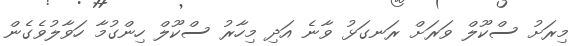
މިރަށު ސްކޫލް ވަރަށް ރަނގަޅު ވާނެ އަދި މިހާރު ސްކޫލް ހިންގުމާ ހަވާލުވެގެން